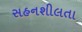
સહનશીલતા